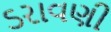
ડરાવણી